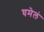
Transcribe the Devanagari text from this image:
घमेलं